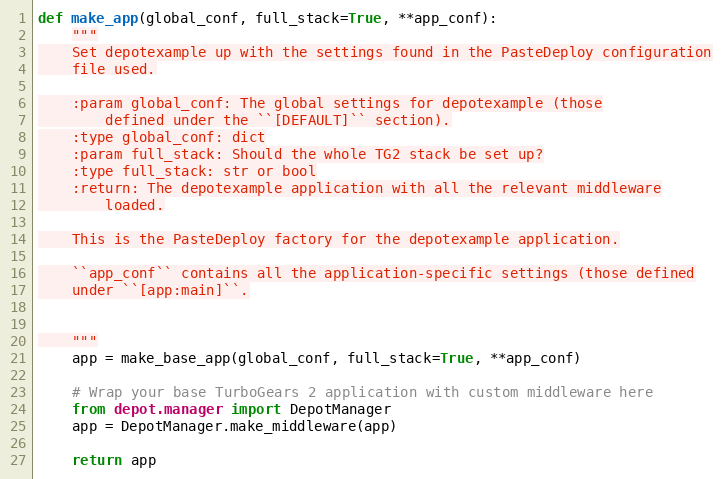
Language: Python
def make_app(global_conf, full_stack=True, **app_conf):
    """
    Set depotexample up with the settings found in the PasteDeploy configuration
    file used.

    :param global_conf: The global settings for depotexample (those
        defined under the ``[DEFAULT]`` section).
    :type global_conf: dict
    :param full_stack: Should the whole TG2 stack be set up?
    :type full_stack: str or bool
    :return: The depotexample application with all the relevant middleware
        loaded.

    This is the PasteDeploy factory for the depotexample application.

    ``app_conf`` contains all the application-specific settings (those defined
    under ``[app:main]``.

    """
    app = make_base_app(global_conf, full_stack=True, **app_conf)

    # Wrap your base TurboGears 2 application with custom middleware here
    from depot.manager import DepotManager
    app = DepotManager.make_middleware(app)

    return app